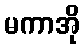
မကာအို